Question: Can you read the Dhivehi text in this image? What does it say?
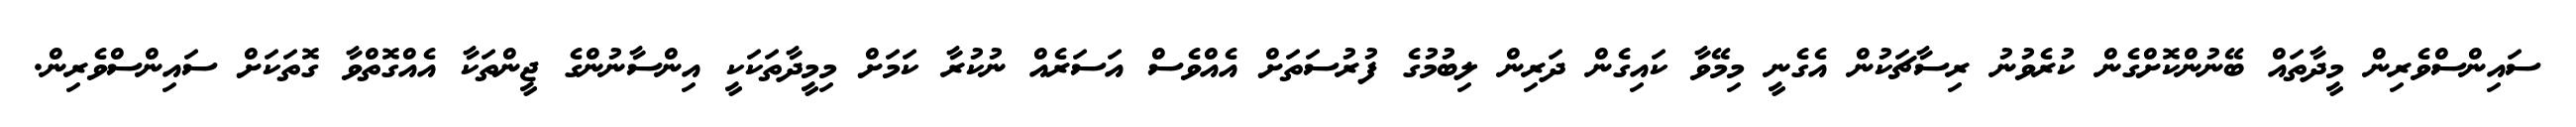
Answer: ސައިންސްވެރިން މީދާތައް ބޭނުންކޮށްގެން ކުރެވުނު ރިސާޗަކުން އެގެނީ މިމޭވާ ކައިގެން ދަރިން ލިބުމުގެ ފުރުސަތަށް އެއްވެސް އަސަރެއް ނުކުރާ ކަމަށް މިމީދާތަކަކީ އިންސާނުންގެ ޖީންތަކާ އެއްގޮތްވާ ގޮތަކަށް ސައިންސްވެރިން.